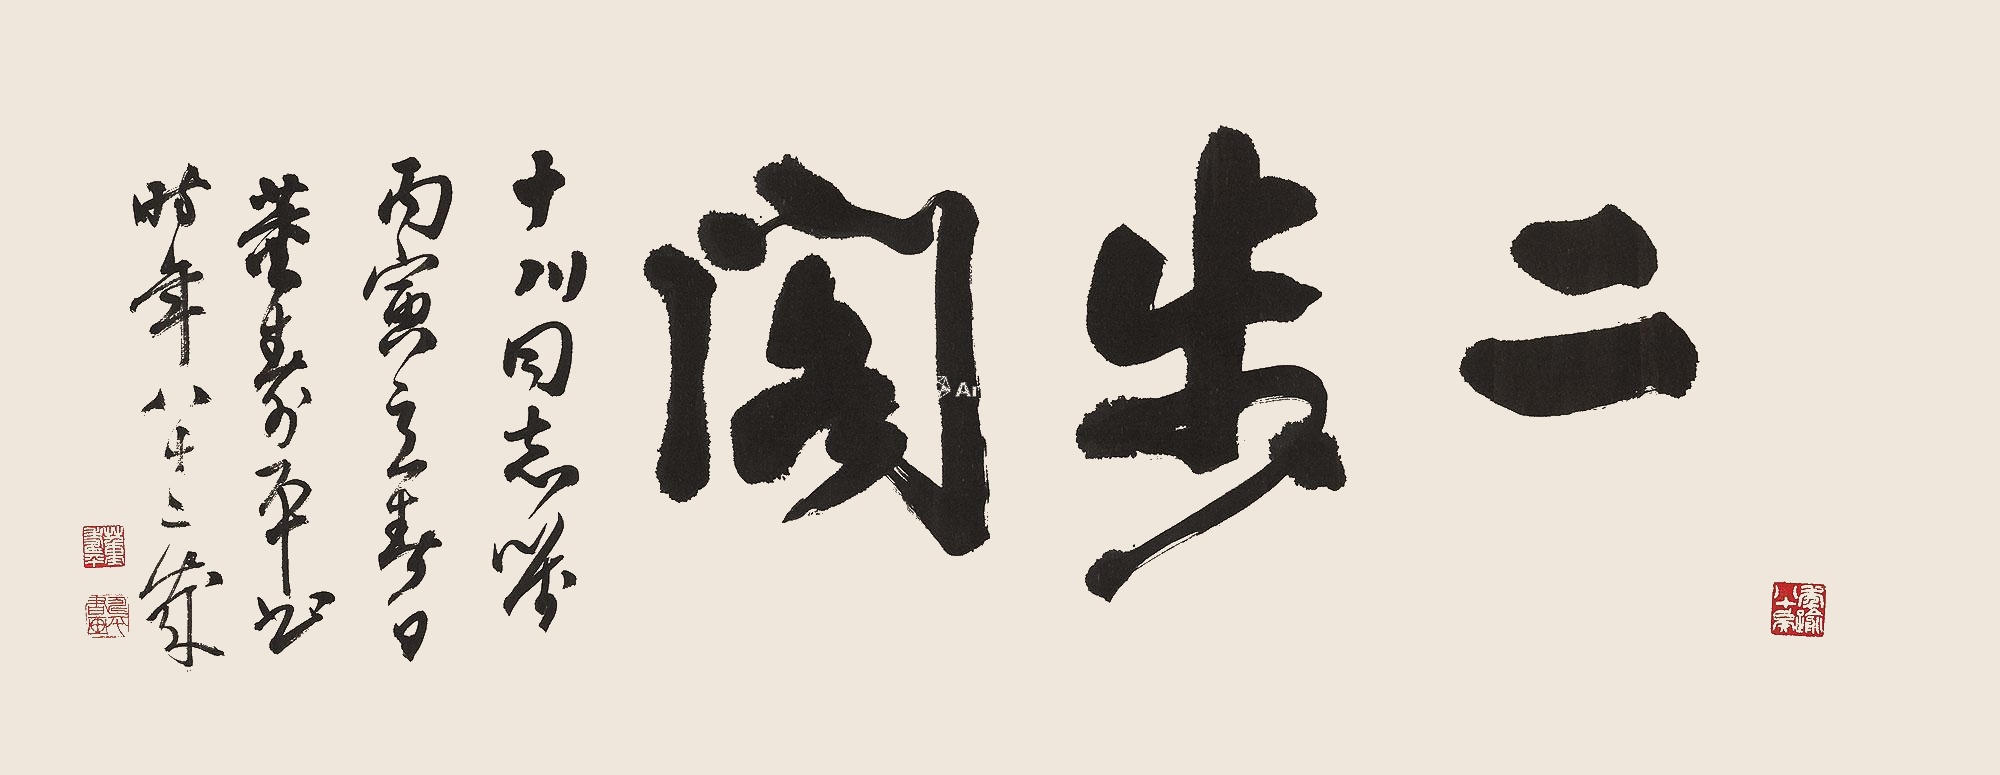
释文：二步阁。十川同志嘱。丙寅立春日，董寿平书时年八十二岁。